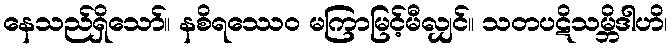
နေသည်ရှိသော်။ နစိရဿေဝ မကြာမြင့်မီလျှင်။ သတပဋိသမ္ဘိဒါဟိ၊